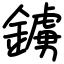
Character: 鐪